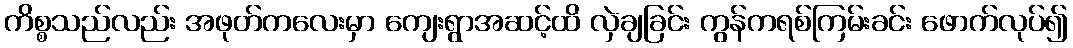
ကိစ္စသည်လည်း အဖုတ်ကလေးမှာ ကျေးရွာအဆင့်ထိ လှဲချခြင်း ကွန်ကရစ်ကြမ်းခင်း ဖောက်လုပ်၍